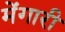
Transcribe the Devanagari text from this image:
मेंगारी